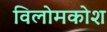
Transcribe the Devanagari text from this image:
विलोमकोश